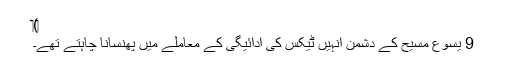
‏)‏
9 یسوع مسیح کے دُشمن اُنہیں ٹیکس کی ادائیگی کے معاملے میں پھنسانا چاہتے تھے۔